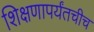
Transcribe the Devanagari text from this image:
शिक्षणापर्यंतचीच